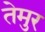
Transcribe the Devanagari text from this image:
तेमुर